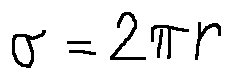
o = 2 \pi r